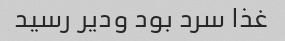
غذا سرد بود ودیر رسید